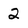
Character: 2